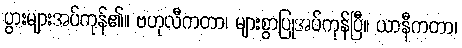
ပွားများအပ်ကုန်၏။ ဗဟုလီကတာ၊ များစွာပြုအပ်ကုန်ပြီ။ ယာနီကတာ၊